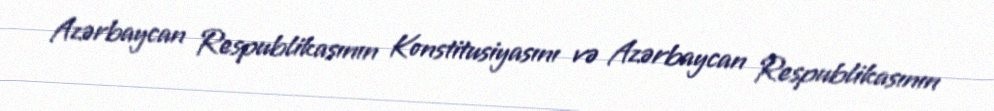
Azərbaycan Respublikasının Konstitusiyasını və Azərbaycan Respublikasının